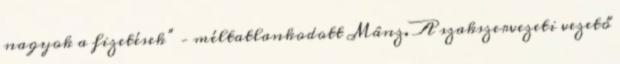
nagyok a fizetések” – méltatlankodott Mânz. A szakszervezeti vezető